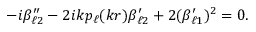
- i \beta _ { \ell 2 } ^ { \prime \prime } - 2 i k p _ { \ell } ( k r ) \beta _ { \ell 2 } ^ { \prime } + 2 ( \beta _ { \ell 1 } ^ { \prime } ) ^ { 2 } = 0 .